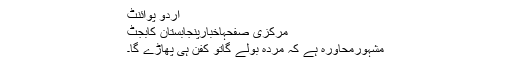
اُردو پوائنٹ
مرکزی صفحہاخبارپنجابستان کابجٹ
مشہورمحاورہ ہے کہ مُردہ بولے گاتو کفن ہی پھاڑے گا۔